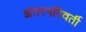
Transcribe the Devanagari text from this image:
अंतरपरिवर्ती